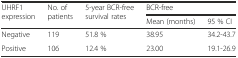
<table><thead><tr><td rowspan="2"><b>UHRF1 expression</b></td><td rowspan="2"><b>No. of patients</b></td><td rowspan="2"><b>5-year BCR-free survival rates</b></td><td colspan="2"><b>BCR-free</b></td></tr><tr><td><b>Mean (months)</b></td><td><b>95 % CI</b></td></tr></thead><tbody><tr><td>Negative</td><td>119</td><td>51.8 %</td><td>38.95</td><td>34.2-43.7</td></tr><tr><td>Positive</td><td>106</td><td>12.4 %</td><td>23.00</td><td>19.1-26.9</td></tr></tbody></table>